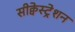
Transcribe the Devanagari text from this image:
सीक्वेस्ट्रेशन